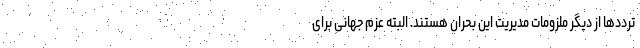
ترددها از دیگر ملزومات مدیریت این بحران هستند. البته عزم جهانی برای